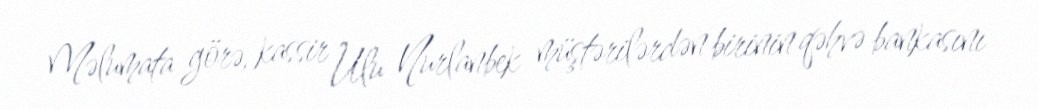
Məlumata görə, kassir Ulu Nurlanbek müştərilərdən birinin qəhvə bankasını